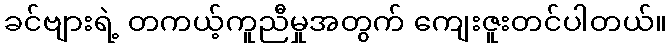
ခင်ဗျားရဲ့ တကယ့်ကူညီမှုအတွက် ကျေးဇူးတင်ပါတယ်။